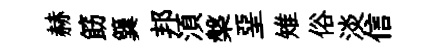
赫筯簨邦湏槃堊雉俗淡信